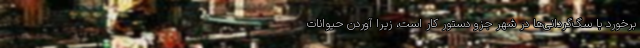
برخورد با سگ‌گردانی‌ها در شهر جزو دستور کار است، زیرا آوردن حیوانات